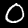
Label: 0